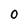
Character: 0